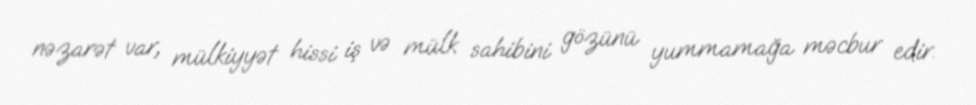
nəzarət var, mülkiyyət hissi iş və mülk sahibini gözünü yummamağa məcbur edir.